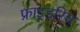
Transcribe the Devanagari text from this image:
फ्राइडरिच